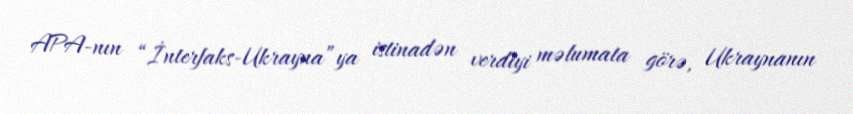
APA-nın “İnterfaks-Ukrayna”ya istinadən verdiyi məlumata görə, Ukraynanın